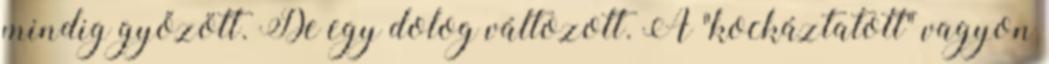
mindig győzött. De egy dolog változott. A "kockáztatott" vagyon